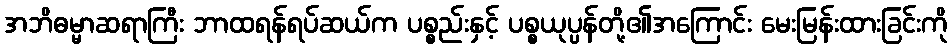
အဘိဓမ္မာဆရာကြီး ဘာထရန်ရပ်ဆယ်က ပစ္စည်းနှင့် ပစ္စယုပ္ပန်တို့၏အကြောင်း မေးမြန်းထားခြင်းကို